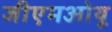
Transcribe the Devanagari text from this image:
जीएमओयू